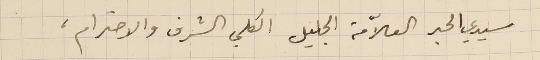
سيدي الحبر العلاّمة الجليل الكلي الشرف والاحترام،